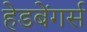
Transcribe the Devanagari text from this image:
हेडबेंगर्स